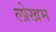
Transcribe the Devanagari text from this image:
लोखम